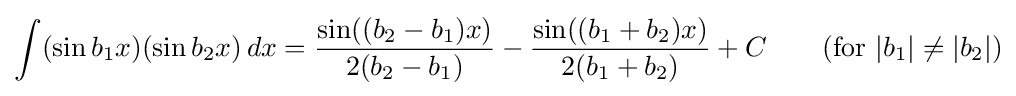
\int (\sin b_{1}x)(\sin b_{2}x)\,dx={\frac {\sin((b_{2}-b_{1})x)}{2(b_{2}-b_{1})}}-{\frac {\sin((b_{1}+b_{2})x)}{2(b_{1}+b_{2})}}+C\qquad {\mbox{(for }}|b_{1}|\neq |b_{2}|{\mbox{)}}